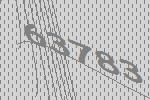
63783